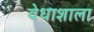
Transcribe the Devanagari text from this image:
वेधाशाला